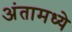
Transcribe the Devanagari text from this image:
अंतामध्ये